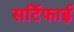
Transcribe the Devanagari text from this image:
सर्टिफाई